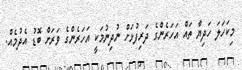
މިކަހަލަ ހަދިޔާ ތައް އަހަރެންގެ ދަރިފުޅަށް ނުދިނުމަކީ އަހަރެންގެ ވަރަށް ބޮޑު އެދުމެއް.